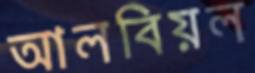
আলবিয়ল